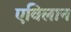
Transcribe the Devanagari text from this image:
एविलान